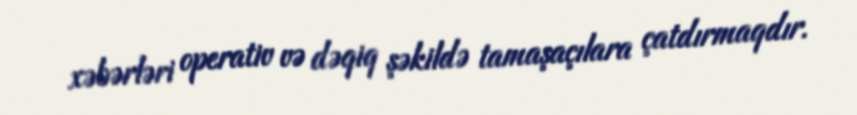
xəbərləri operativ və dəqiq şəkildə tamaşaçılara çatdırmaqdır.